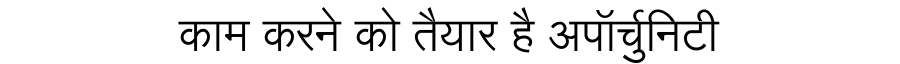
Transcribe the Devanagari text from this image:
काम करने को तैयार है अपॉर्चुनिटी